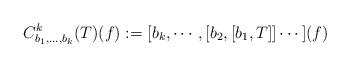
LaTeX: \begin{align*}C^k_{b_1,\ldots, b_k}(T)(f):=[b_k,\cdots, [b_2, [b_1, T]]\cdots ](f) \end{align*}